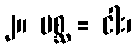
၂။ မစ္ဆ = ငါး၊